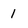
Character: 1